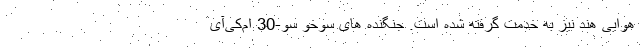
هوایی هند نیز به خدمت گرفته شده است. جنگنده های سوخو سو-30 ام‌کی‌آی